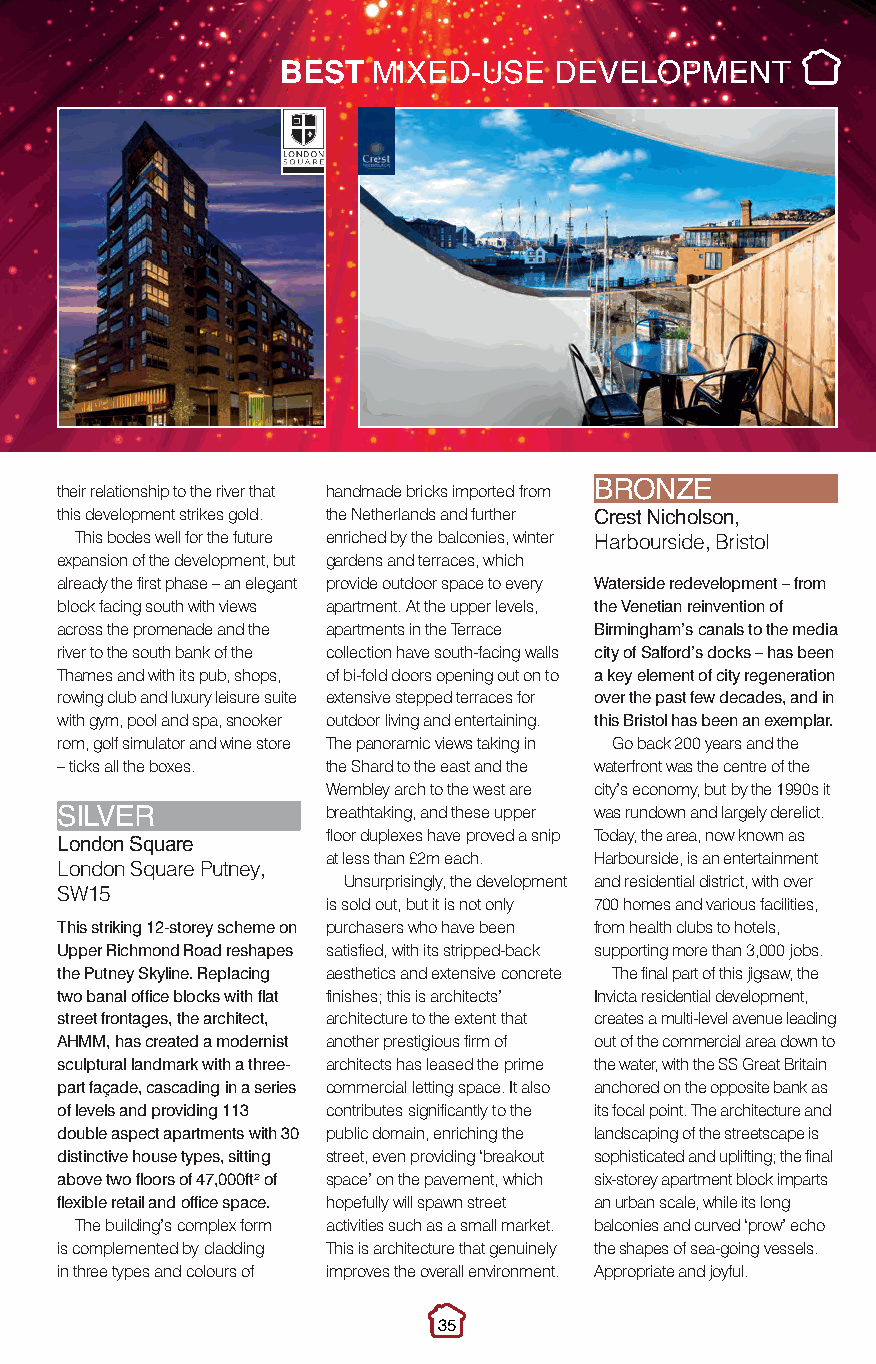
Best MixedUse.qxp_Layout 1 10/11/2016 21:44 Page 2
 BEST  MIXED-USE   DEVELOPMENT
 their relationship to the river that handmade bricks imported from
 BRONZE
 this development strikes gold. the Netherlands and further
 This bodes well for the future enriched by the balconies, winter C Hare rbst o N uric sh ido els , o Bn r, istol
 expansion of the development, but gardens and terraces, which
 already the first phase – an elegant provide outdoor space to every Waterside redevelopment – from
 block facing south with views apartment. At the upper levels, the Venetian reinvention of
 across the promenade and the apartments in the Terrace Birmingham’s canals to the media
 river to the south bank of the collection have south-facing walls city of Salford’s docks – has been
 Thames and with its pub, shops, of bi-fold doors opening out on to a key element of city regeneration
 rowing club and luxury leisure suite extensive stepped terraces for over the past few decades, and in
 with gym, pool and spa, snooker outdoor living and entertaining. this Bristol has been an exemplar.
 rom, golf simulator and wine store The panoramic views taking in Go back 200 years and the
 – ticks all the boxes. the Shard to the east and the waterfront was the centre of the
 Wembley arch to the west are city’s economy, but by the 1990s it
 breathtaking, and these upper was rundown and largely derelict.
 SILVER            floor duplexes have proved a snip Today, the area, now known as
 London Square     at less than £2m each. Harbourside, is an entertainment
 London Square Putney,
 Unsurprisingly, the development and residential district, with over
 SW15
 is sold out, but it is not only 700 homes and various facilities,
 This striking 12-storey scheme on purchasers who have been from health clubs to hotels,
 Upper Richmond Road reshapes satisfied, with its stripped-back supporting more than 3,000 jobs.
 the Putney Skyline. Replacing aesthetics and extensive concrete The final part of this jigsaw, the
 two banal office blocks with flat finishes; this is architects’ Invicta residential development,
 street frontages, the architect, architecture to the extent that creates a multi-level avenue leading
 AHMM, has created a modernist another prestigious firm of out of the commercial area down to
 sculptural landmark with a three- architects has leased the prime the water, with the SS Great Britain
 part façade, cascading in a series commercial letting space. It also anchored on the opposite bank as
 of levels and providing 113 contributes significantly to the its focal point. The architecture and
 double aspect apartments with 30 public domain, enriching the landscaping of the streetscape is
 distinctive house types, sitting street, even providing ‘breakout sophisticated and uplifting; the final
 above two floors of 47,000ft²of space’ on the pavement, which six-storey apartment block imparts
 flexible retail and office space. hopefully will spawn street an urban scale, while its long
 The building’s complex form activities such as a small market. balconies and curved ‘prow’ echo
 is complemented by cladding This is architecture that genuinely the shapes of sea-going vessels.
 in three types and colours of improves the overall environment. Appropriate and joyful.
 35